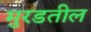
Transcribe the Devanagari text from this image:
मुरडतील